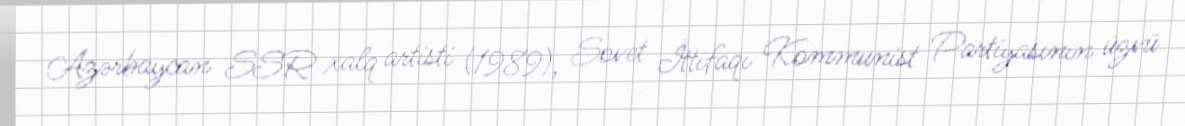
Azərbaycan SSR xalq artisti (1989), Sovet İttifaqı Kommunist Partiyasının üzvü